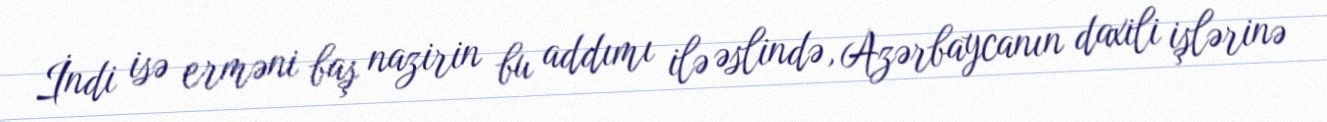
İndi isə erməni baş nazirin bu addımı ilə əslində, Azərbaycanın daxili işlərinə